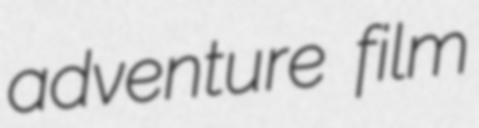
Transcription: adventure film